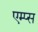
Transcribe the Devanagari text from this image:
एम्प्स